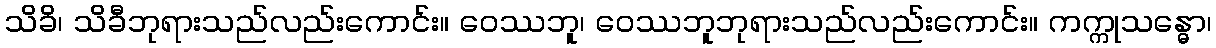
သိခိ၊ သိခီဘုရားသည်လည်းကောင်း။ ဝေဿဘူ၊ ဝေဿဘူဘုရားသည်လည်းကောင်း။ ကက္ကုသန္ဓော၊